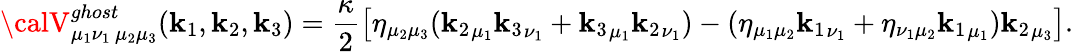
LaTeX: {\calV}_{{\mu_{1}}{\nu_{1}}\, {\mu_{2}}{\mu_{3}}}^{ghost}(\mathbf{k}_{1},\mathbf{k}_{2},\mathbf{k}_{3})=\frac{\kappa}{2}\left[\eta_{{\mu_{2}}{\mu_{3}}}({\mathbf{k}_{2}}_{\mu_{1}}{\mathbf{k}_{3}}_{\nu_{1}}+{\mathbf{k}_{3}}_{\mu_{1}}{\mathbf{k}_{2}}_{\nu_{1}})-(\eta_{{\mu_{1}}{\mu_{2}}}{\mathbf{k}_{1}}_{\nu_{1}}+\eta_{{\nu_{1}}{\mu_{2}}}{\mathbf{k}_{1}}_{\mu_{1}}){\mathbf{k}_{2}}_{\mu_{3}}\right].